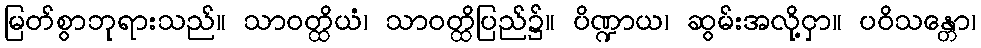
မြတ်စွာဘုရားသည်။ သာဝတ္ထိယံ၊ သာဝတ္ထိပြည်၌။ ပိဏ္ဍာယ၊ ဆွမ်းအလို့ငှာ။ ပဝိသန္တော၊